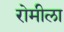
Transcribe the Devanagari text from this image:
रोमीला